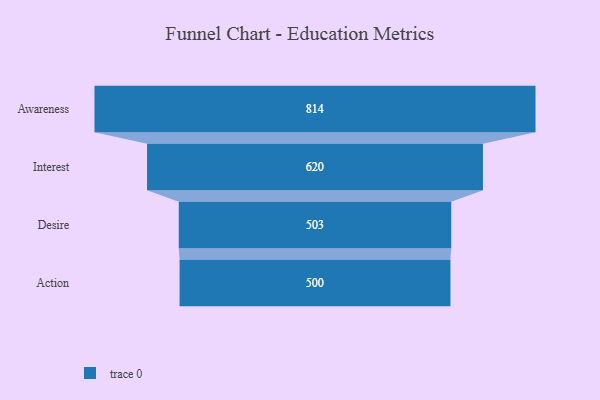
{"axis": {"x": "Stage", "y": "Value"}, "legend": [""], "data": [{"x": "Awareness", "y": 814.0, "type": ""}, {"x": "Interest", "y": 620.0, "type": ""}, {"x": "Desire", "y": 503.0, "type": ""}, {"x": "Action", "y": 500, "type": ""}]}